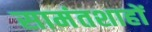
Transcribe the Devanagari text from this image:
सामंतशाहों